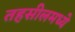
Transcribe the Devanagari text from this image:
तहसीलमध्ये